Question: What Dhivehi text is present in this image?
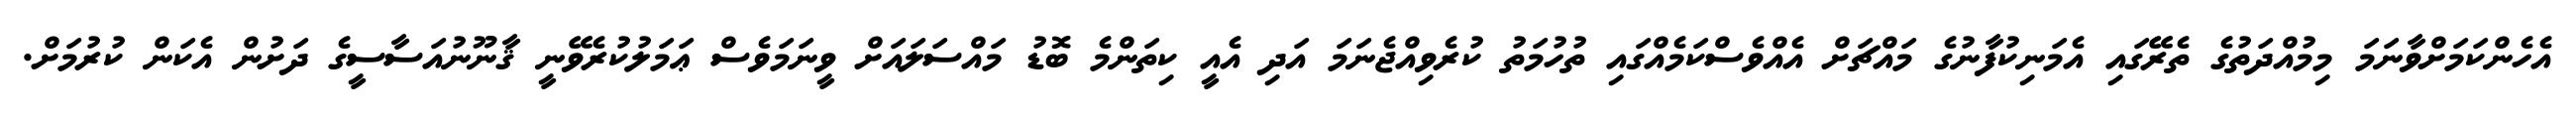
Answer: އެހެންކަމަށްވާނަމަ މިމުއްދަތުގެ ތެރޭގައި އެމަނިކުފާނުގެ މައްޗަށް އެއްވެސްކަމެއްގައި ތުހުމަތު ކުރެވިއްޖެނަމަ އަދި އެއީ ކިތަންމެ ބޮޑު މައްސަލައަށް ވީނަމަވެސް ޢަމަލުކުރެވޭނީ ޤާނޫނުއަސާސީގެ ދަށުން އެކަން ކުރުމަށް.